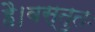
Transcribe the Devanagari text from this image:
है।वस्तुतः